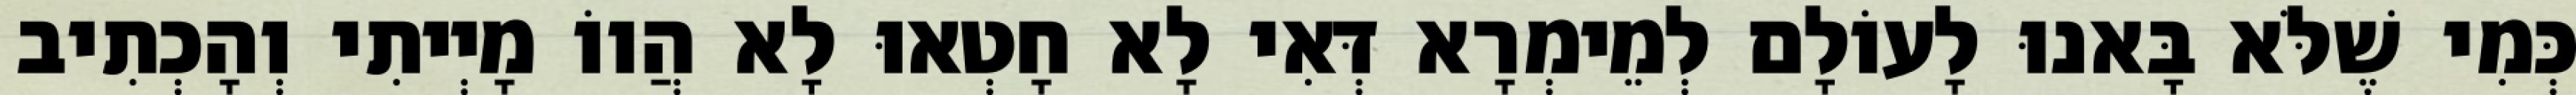
כְּמִי שֶׁלֹּא בָּאנוּ לָעוֹלָם לְמֵימְרָא דְּאִי לָא חָטְאוּ לָא הֲווֹ מָיְיתִי וְהָכְתִיב